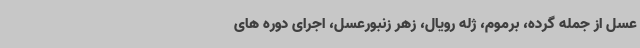
عسل از جمله گرده، برموم، ژله رویال، زهر زنبورعسل، اجرای دوره های